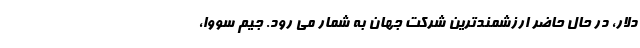
دلار، در حال حاضر ارزشمندترین شرکت جهان به شمار می رود. جیم سووا،